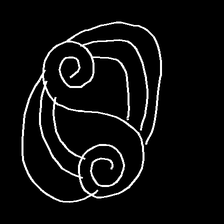
Glyph: wind-underfoot